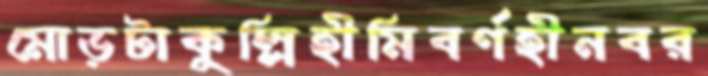
মোড়টাকুল্লিহীমিবর্ণহীনবর